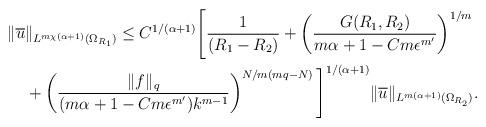
LaTeX: \begin{align*} \|\overline{u}&\|_{L^{m\chi(\alpha+1)}(\Omega_{R_1})}\le C^{1/(\alpha+1)}\Bigg[\frac{1}{(R_1-R_2)}+\left(\frac{G(R_1,R_2)}{m\alpha+1-Cm\epsilon^{m'}}\right)^{1/m}\\ &+\left(\frac{\|f\|_q}{(m\alpha+1-Cm\epsilon^{m'})k^{m-1}}\right)^{N/m(mq-N)}\Bigg]^{1/(\alpha+1)}\|\overline{u}\|_{L^{m(\alpha+1)}(\Omega_{R_2})}.\end{align*}